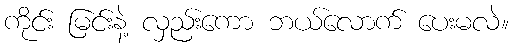
ကိုင်း မြင်းနဲ့ လှည်းကော ဘယ်လောက် ပေးမလဲ။